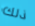
ذلك